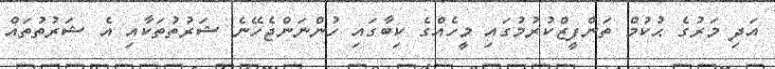
އަދި މަރުގެ ޙުކުމް ތަންފީޒްކުރުމުގައި މީހެއްގެ ކިބާގައި ހުންނަންޖެހޭނެ ޝަރުތުތަކާއި އެ ޝަރުތުތައް